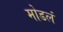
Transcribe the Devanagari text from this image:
मोडलं